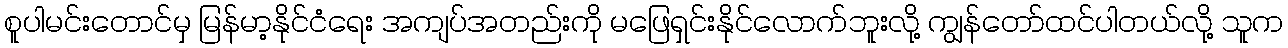
စူပါမင်းတောင်မှ မြန်မာ့နိုင်ငံရေး အကျပ်အတည်းကို မဖြေရှင်းနိုင်လောက်ဘူးလို့ ကျွန်တော်ထင်ပါတယ်လို့ သူက